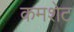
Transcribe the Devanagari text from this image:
कमशेट